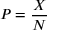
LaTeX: P = { \frac { X } { N } }